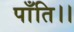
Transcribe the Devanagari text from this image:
पाँति।।